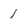
Character: 1